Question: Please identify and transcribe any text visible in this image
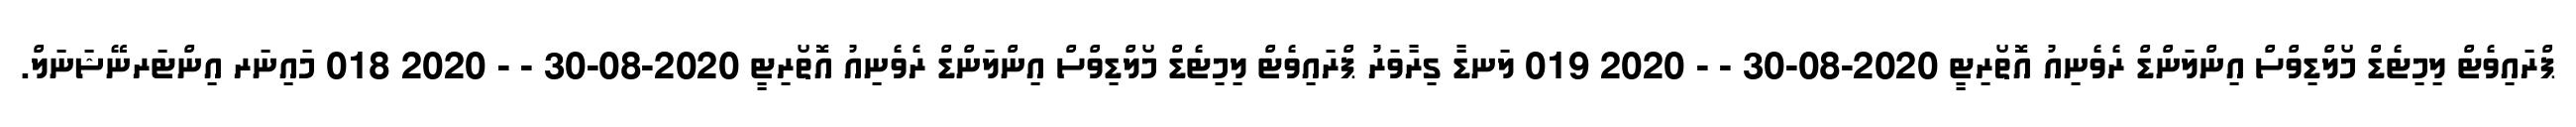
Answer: ޕްރައިވެޓް ލިމިޓެޑް މޯލްޑިވްސް އިންލަންޑް ރެވެނިއު އޮތޯރިޓީ 2020-08-30 - - 2020 019 ލަނޑާ ގިރާވަރު ޕްރައިވެޓް ލިމިޓެޑް މޯލްޑިވްސް އިންލަންޑް ރެވެނިއު އޮތޯރިޓީ 2020-08-30 - - 2020 018 މައިނަރ އިންޓަރނޭޝަނަލް.